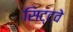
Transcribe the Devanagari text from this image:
सिट्टवे